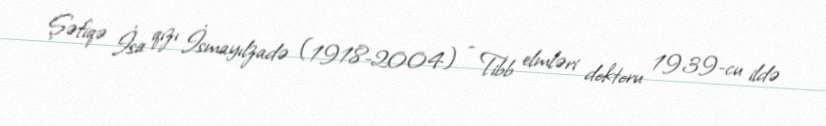
Şəfiqə İsa qızı İsmayılzadə (1918-2004) - Tibb elmləri doktoru 1939-cu ildə